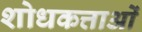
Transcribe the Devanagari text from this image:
शोधकत्ताओं